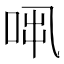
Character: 𠱨